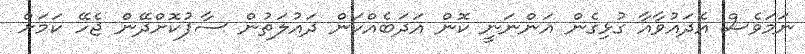
ނަމަވެސް އެދައުވާއާ ގުޅިގެން އަންނަނީ ކޮން އަދަބެއްކަން ދައުލަތުން ސާފުކޮށްދޭން ޖެހޭ ކަމަށް